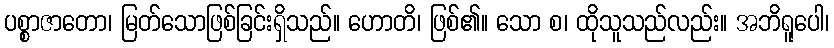
ပစ္စာဇာတော၊ မြတ်သောဖြစ်ခြင်းရှိသည်။ ဟောတိ၊ ဖြစ်၏။ သော စ၊ ထိုသူသည်လည်း။ အဘိရူပေါ၊